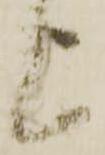
上